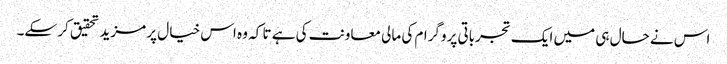
اس نے حال ہی میں ایک تجرباتی پروگرام کی مالی معاونت کی ہے تا کہ وہ اس خیال پر مزید تحقیق کر سکے۔